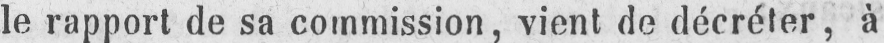
le rapport de sa commission, vient de décréter, à